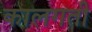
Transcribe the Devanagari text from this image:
कालगती